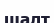
шалт